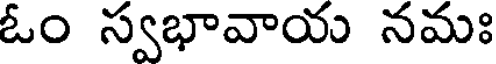
ఓం స్వభావాయ నమః